Annual report of the Punjab Veterinary College and of the Civil Veterinary Department, Punjab - 1926-1932
Year: 1926
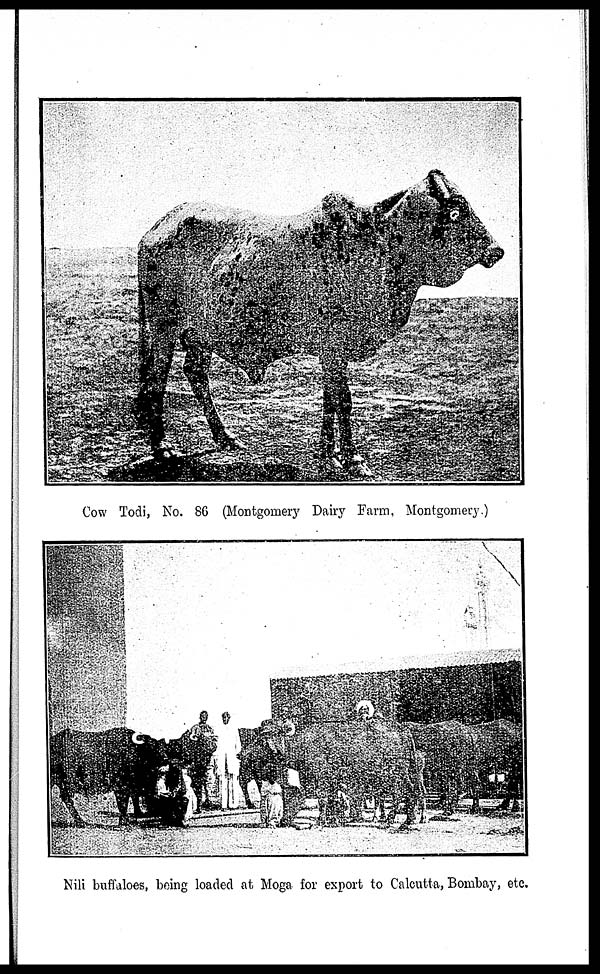
Cow Todi, No. 86 (Montgomery Dairy Farm, Montgomery.)
Nili buffaloes, being loaded at Moga for export to Calcutta, Bombay, etc.